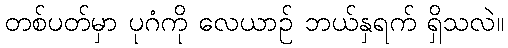
တစ်ပတ်မှာ ပုဂံကို လေယာဉ် ဘယ်နှရက် ရှိသလဲ။